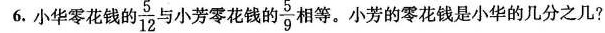
6.小华零花钱的\frac{5}{12}与小芳零花钱的\frac{5}{9}相等。小芳的零花钱是小华的几分之几?